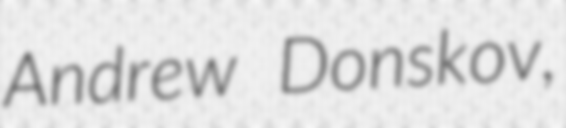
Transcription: Andrew Donskov,